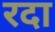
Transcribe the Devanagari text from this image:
रदा